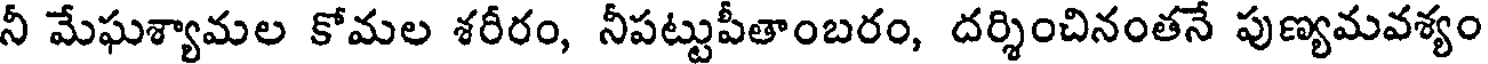
నీ మేఘశ్యామల కోమల శరీరం, నీపట్టుపీతాంబరం, దర్శించినంతనే పుణ్యమవశ్యం